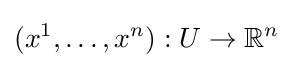
(x^{1},\ldots ,x^{n}):U\to \mathbb {R} ^{n}